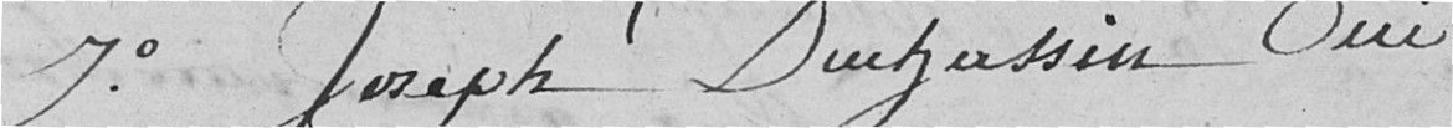
7°. Joseph Duchassin oui